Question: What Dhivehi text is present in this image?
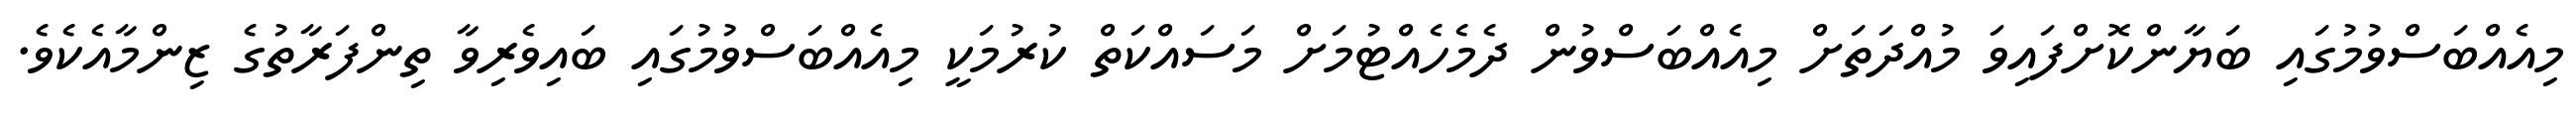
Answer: މިއެއްބަސްވުމުގައި ބަޔާންކޮށްފައިވަ މުއްދަތަށް މިއެއްބަސްވުން ދެމެހެއްޓުމަށް މަސައްކަތް ކުރުމަކީ މިއެއްބަސްވުމުގައި ބައިވެރިވާ ތިންފަރާތުގެ ޒިންމާއެކެވެ.